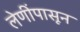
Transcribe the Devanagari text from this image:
लेणींपासून